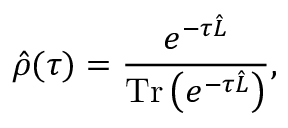
\hat { \rho } ( \tau ) = \frac { e ^ { - \tau \hat { L } } } { \operatorname { T r } \left( e ^ { - \tau \hat { L } } \right) } ,